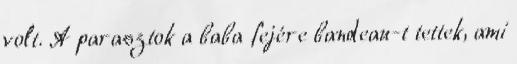
volt. A parasztok a baba fejére bandeau-t tettek, ami